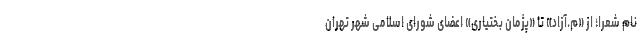
نام شعرا؛ از «م.آزاد» تا «پژمان بختیاری» اعضای شورای اسلامی شهر تهران